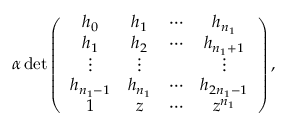
\begin{array} { r } { \alpha \operatorname* { d e t } \left( \begin{array} { c c c c } { h _ { 0 } } & { h _ { 1 } } & { \cdots } & { h _ { n _ { 1 } } } \\ { h _ { 1 } } & { h _ { 2 } } & { \cdots } & { h _ { n _ { 1 } + 1 } } \\ { \vdots } & { \vdots } & { } & { \vdots } \\ { h _ { n _ { 1 } - 1 } } & { h _ { n _ { 1 } } } & { \cdots } & { h _ { 2 n _ { 1 } - 1 } } \\ { 1 } & { z } & { \cdots } & { z ^ { n _ { 1 } } } \end{array} \right) , } \end{array}